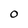
Character: O